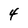
Character: 4